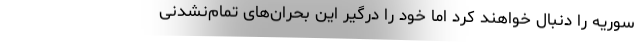
سوریه را دنبال خواهند کرد اما خود را درگیر این بحران‌های تمام‌نشدنی